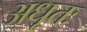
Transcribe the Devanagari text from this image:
अधृतः